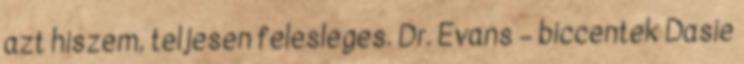
azt hiszem, teljesen felesleges. Dr. Evans – biccentek Dasie